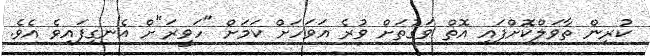
ކުރިން ތާވަލްކޮށްފައި އޮތް ވަގުތަށް ވުރެ އަވަހަށް ކަމަށް "ހަވީރަ"ށް އެނގިފައިވެ އެވެ.